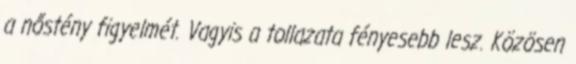
a nőstény figyelmét. Vagyis a tollazata fényesebb lesz. Közösen